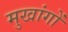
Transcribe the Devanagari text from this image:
मुखांगों